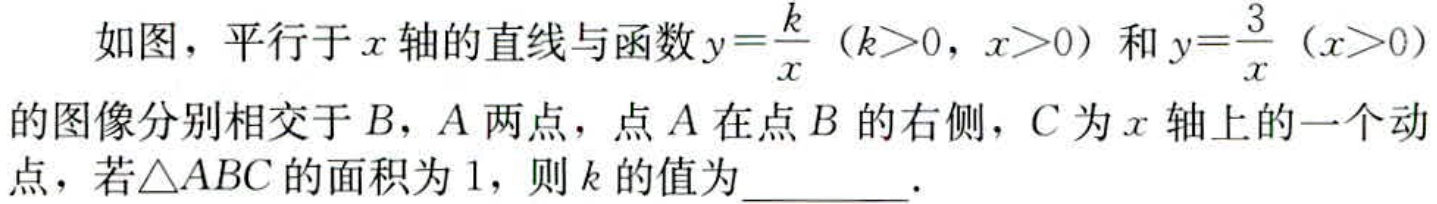
如图，平行于\(x\)轴的直线与函数\(y = \frac{k}{x}\)（\(k>0\)，\(x>0\)）和\(y = \frac{3}{x}\)（\(x>0\)）的图像分别相交于\(B\)，\(A\)两点，点\(A\)在点\(B\)的右侧，\(C\)为\(x\)轴上的一个动点，若\(\triangle ABC\)的面积为\(1\)，则\(k\)的值为  ．